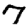
Digit: 7